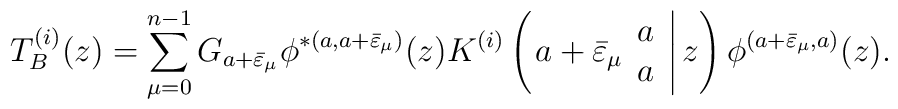
T^{(i)}_B (z) =\displaystyle\sum_{\mu= 0}^{n-1} G_{a+\bar{\varepsilon}_\mu}\phi^{*(a,a+\bar{\varepsilon}_\mu )}(z)K^{(i)}\left( \left. a+\bar{\varepsilon}_\mu \begin{array}{c} a \\ a \end{array} \right| z \right) \phi^{(a+\bar{\varepsilon}_\mu ,a)}(z).